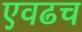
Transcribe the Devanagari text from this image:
एवढच